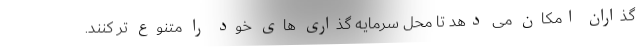
گذاران امکان می دهد تا محل سرمایه گذاری های خود را متنوع تر کنند.